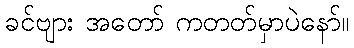
ခင်ဗျား အတော် ကတတ်မှာပဲနော်။